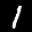
Label: 1